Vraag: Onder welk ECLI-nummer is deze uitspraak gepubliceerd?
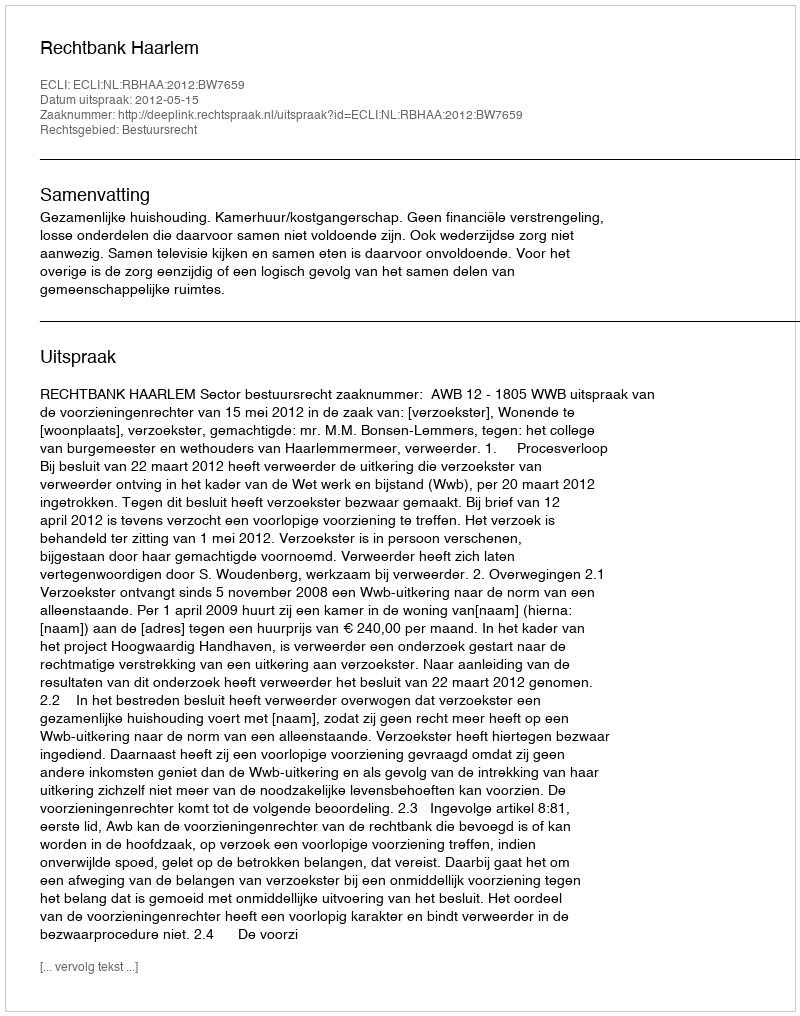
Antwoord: ECLI:NL:RBHAA:2012:BW7659